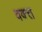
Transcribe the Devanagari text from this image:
वक्त्त